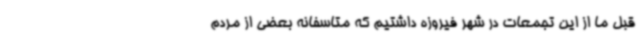
قبل ما از این تجمعات در شهر فیروزه داشتیم که متاسفانه بعضی از مردم